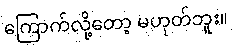
ကြောက်လို့တော့ မဟုတ်ဘူး။